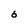
Character: 6